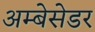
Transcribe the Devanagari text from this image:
अम्बेसेडर